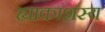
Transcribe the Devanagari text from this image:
ह्याकाशस्य